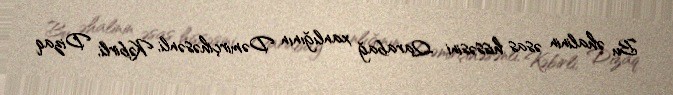
Bu əhalinin əsas hissəsini Qarabağ xanlığının Dəmirçihəsənli, Kəbirli, Dizaq